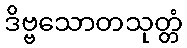
ဒိဗ္ဗသောတသုတ္တံ